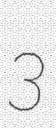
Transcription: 3